Vaccine operations Central Provinces & Berar 1912-1920 - 1912-1920
Year: 1912
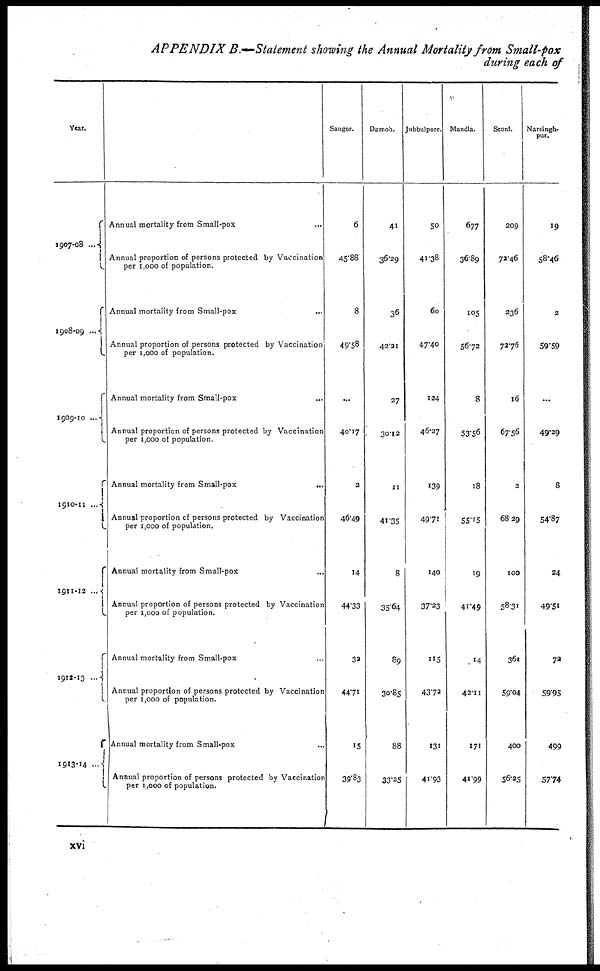
APPENDIX B.—Statement showing the Annual Mortality from Small-pox
during each of
Year.
1907-08 ...
1908-09 ...
1909-10 ...
1910-11 ...
1911-12 ...
1912-13 ...
1913-14 ...
Annual mortality from Small-pox ...
Annual proportion of persons protected by Vaccination
per 1,000 of population.
Annual mortality from Small-pox ...
Annual proportion of persons protected by Vaccination
per 1,000 of population.
Annual mortality from Small-pox ...
Annual proportion of persons protected by Vaccination
per 1,000 of population.
Annual mortality from Small-pox
...
Annual proportion of persons protected by Vaccination
per 1,000 of population.
Annual mortality from Small-pox ...
Annual proportion of persons protected by Vaccination
per 1,000 of population.
Annual mortality from Small-pox ...
Annual proportion of persons protected by Vaccination
per 1,000 of population.
Annual mortality from Small-pox ...
Annual proportion of persons protected by Vaccinatior
per 1,000 of population.
Saugor.
6
45.88
8
49.58
...
40.17
2
46.49
14
44.33
32
44.71
15
39.83
Damoh.
41
36.29
36
42.21
27
30.12
11
41.35
8
35.64
89
30.85
88
33.25
Jubbulpore.
50
41.38
60
47.40
124
46.27
139
49.71
140
37.23
115
43.72
131
41.93
Mandla.
677
36.89
105
56.72
8
53.56
18
55.15
19
41.49
14
42.11
171
41.99
Seoni.
209
72.46
236
72.76
16
67.56
2
68.29
100
58.31
36l
59.04
400
56.25
Narsingh¬
pur.
19
58.46
2
59.59
...
49.29
8
54.87
24
49.51
72
59.95
499
57.74
xvi